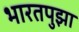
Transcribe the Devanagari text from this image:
भारतपुझा